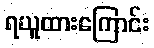
ရယူထားကြောင်း